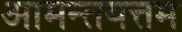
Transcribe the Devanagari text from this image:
आमन्तयत्तम